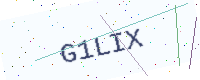
Text: G1LIX